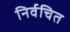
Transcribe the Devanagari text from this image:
निर्वचित